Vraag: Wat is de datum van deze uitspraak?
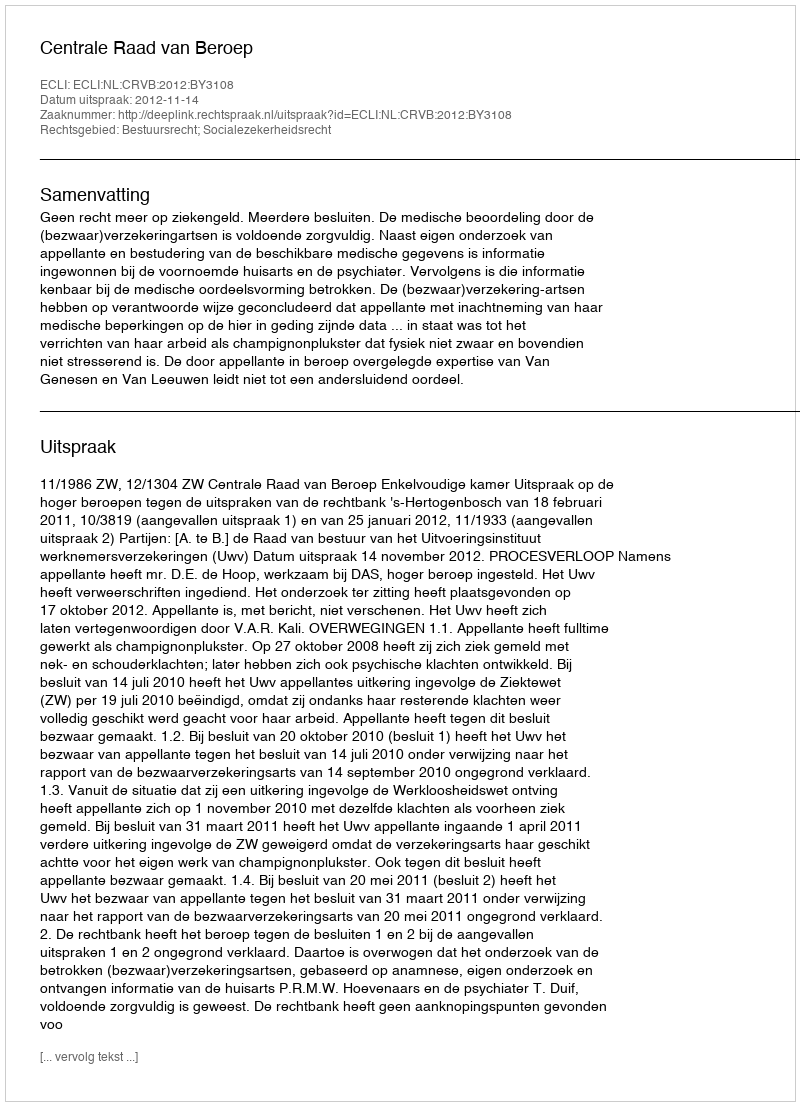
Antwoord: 2012-11-14